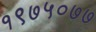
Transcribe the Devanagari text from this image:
१९७५०७७